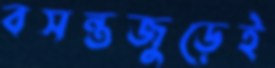
বসন্তজুড়েই